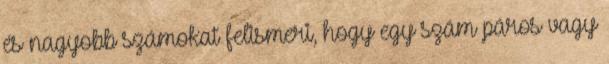
és nagyobb számokat felismeri, hogy egy szám páros vagy